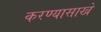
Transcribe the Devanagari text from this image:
करण्यासाखे